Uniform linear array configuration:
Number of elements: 64
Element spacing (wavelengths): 0.5
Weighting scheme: uniform
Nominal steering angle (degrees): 0
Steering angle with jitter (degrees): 0.7672
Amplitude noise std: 0.05
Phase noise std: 0.05

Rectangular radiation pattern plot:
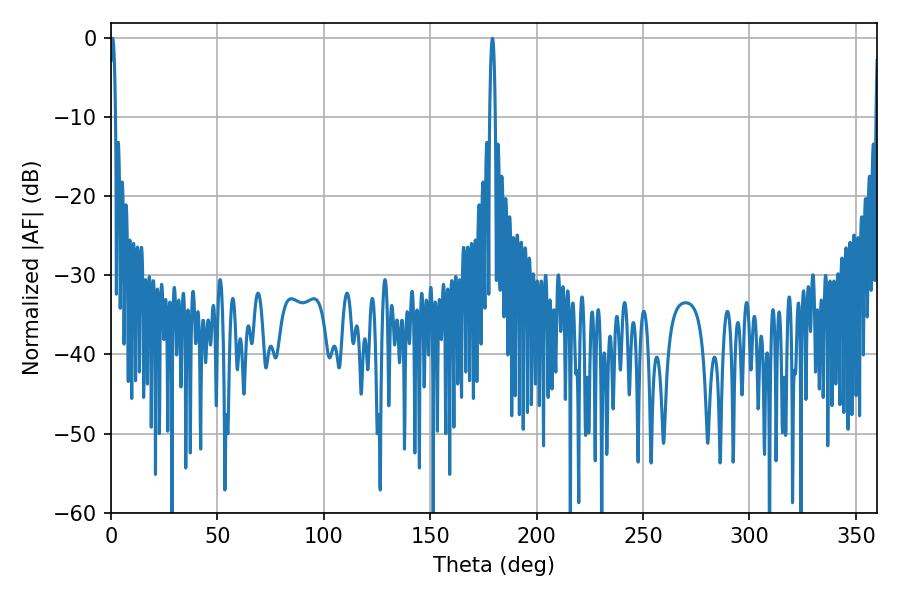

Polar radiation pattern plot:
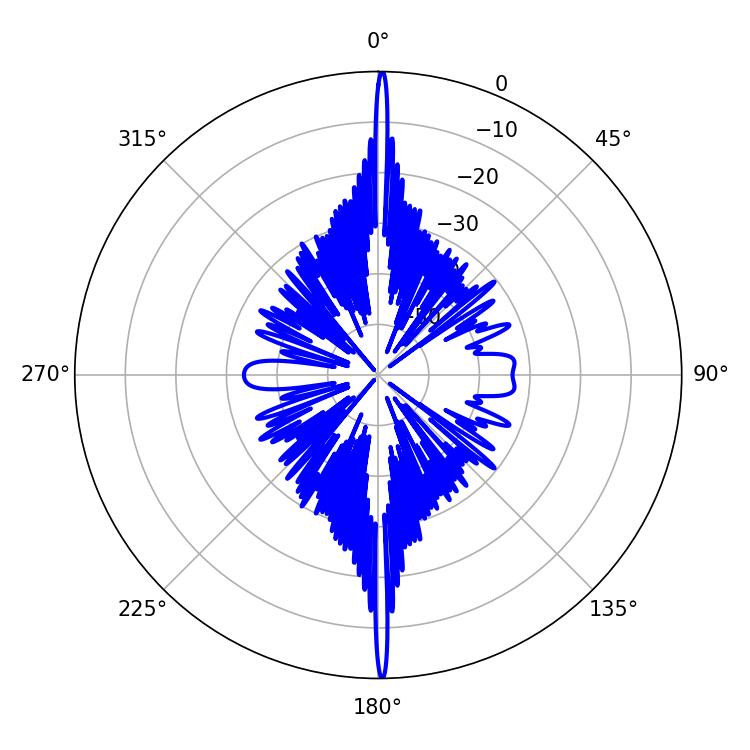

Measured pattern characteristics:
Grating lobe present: FALSE
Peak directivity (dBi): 33.409
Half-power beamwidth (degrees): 1.44
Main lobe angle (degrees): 0.72